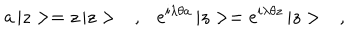
LaTeX: a \, | z > = z \, | z > \ \ \ , \ \ \ e ^ { i \lambda \theta a } \, | z > = e ^ { i \lambda \theta z } \, | z > \ \ \ ,